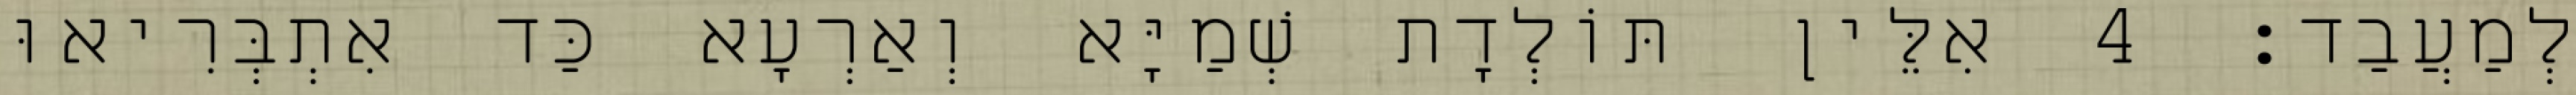
לְמַעֲבַד׃ 4 אִלֵּין תּוֹלְדָת שְׁמַיָּא וְאַרְעָא כַּד אִתְבְּרִיאוּ